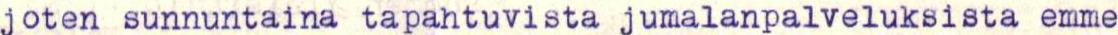
joten sunnuntaina tapahtuvista jumalanpalveluksista emme